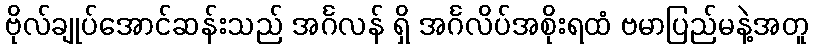
ဗိုလ်ချုပ်အောင်ဆန်းသည် အင်္ဂလန် ရှိ အင်္ဂလိပ်အစိုးရထံ ဗမာပြည်မနဲ့အတူ